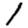
Digit: 1